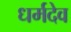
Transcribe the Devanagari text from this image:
धर्मदेव